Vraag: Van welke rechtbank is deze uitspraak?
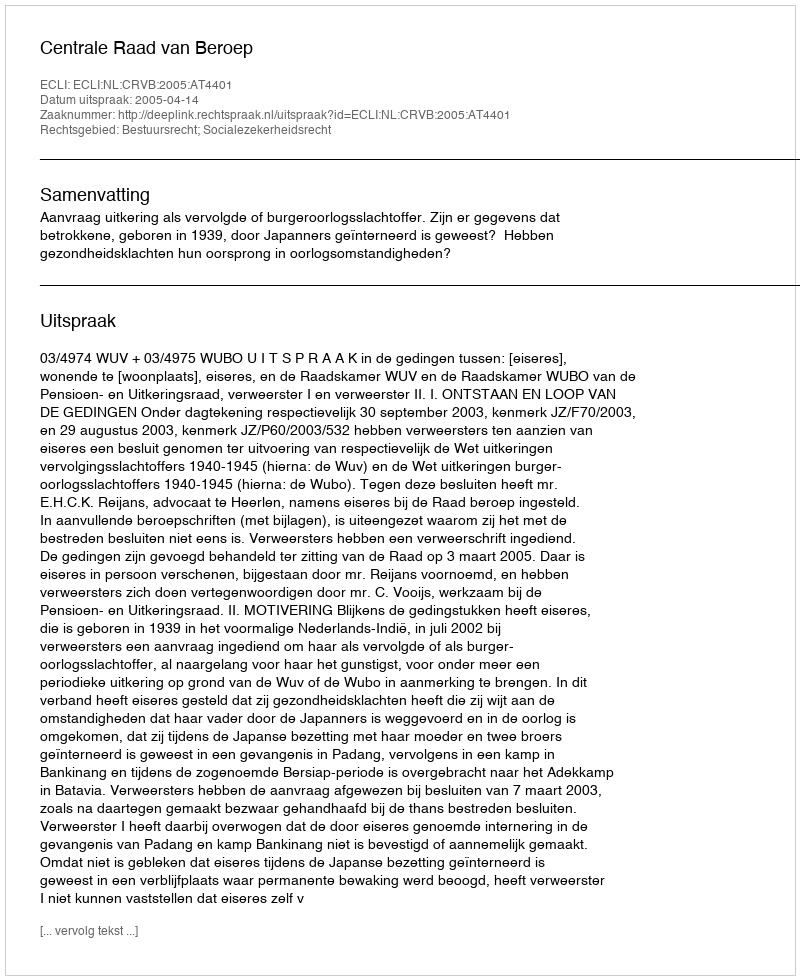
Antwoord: Centrale Raad van Beroep